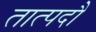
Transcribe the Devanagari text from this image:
तात्पदौ